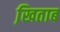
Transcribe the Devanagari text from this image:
खि़ताब